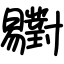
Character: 𣌒